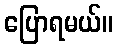
ပြောရမယ်။